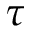
\tau